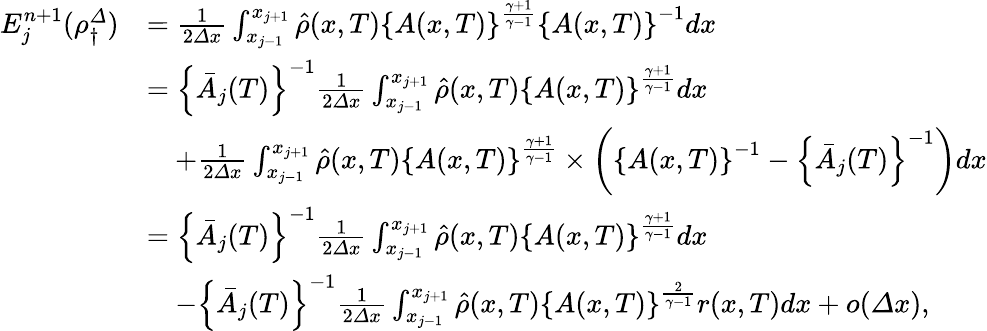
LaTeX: \begin{array}{rl}{E_{j}^{n+1}(\rho_{\dagger}^{\varDelta})}&{=\frac 1{2{\varDelta}x}\int_{x_{j-1}}^{x_{j+1}}\hat{\rho}(x,T)\left\{ A(x,T)\right\} ^{\frac{\gamma+1}{\gamma-1}}\left\{ A(x,T)\right\} ^{-1}dx}\\ &{=\left\{ \bar{A}_{j}(T)\right\} ^{-1}\frac 1{2{\varDelta}x}\int_{x_{j-1}}^{x_{j+1}}\hat{\rho}(x,T)\left\{ A(x,T)\right\} ^{\frac{\gamma+1}{\gamma-1}}dx}\\ &{\quad+\frac 1{2{\varDelta}x}\int_{x_{j-1}}^{x_{j+1}}\hat{\rho}(x,T)\left\{ A(x,T)\right\} ^{\frac{\gamma+1}{\gamma-1}}\times\left(\left\{ A(x,T)\right\} ^{-1}-\left\{ \bar{A}_{j}(T)\right\} ^{-1}\right)dx}\\ &{=\left\{ \bar{A}_{j}(T)\right\} ^{-1}\frac 1{2{\varDelta}x}\int_{x_{j-1}}^{x_{j+1}}\hat{\rho}(x,T)\left\{ A(x,T)\right\} ^{\frac{\gamma+1}{\gamma-1}}dx}\\ &{\quad-\left\{ \bar{A}_{j}(T)\right\} ^{-1}\frac 1{2{\varDelta}x}\int_{x_{j-1}}^{x_{j+1}}\hat{\rho}(x,T)\left\{ A(x,T)\right\} ^{\frac{2}{\gamma-1}}r(x,T)dx+o({\varDelta}x),}\end{array}